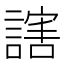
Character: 𬣁